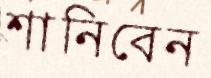
শানিবেন